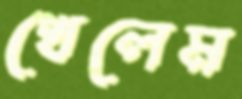
খেলেম